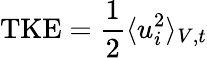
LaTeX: \textrm{TKE}=\frac{1}{2}\langle u_{i}^{2}\rangle_{V,t}